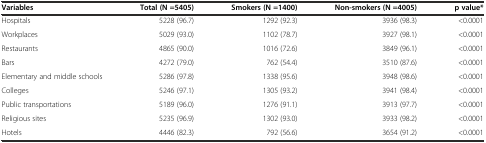
<table><thead><tr><td><b>Variables</b></td><td><b>Total (N =5405)</b></td><td><b>Smokers (N =1400)</b></td><td><b>Non-smokers (N =4005)</b></td><td><b>p value*</b></td></tr></thead><tbody><tr><td>Hospitals</td><td>5228 (96.7)</td><td>1292 (92.3)</td><td>3936 (98.3)</td><td>&lt;0.0001</td></tr><tr><td>Workplaces</td><td>5029 (93.0)</td><td>1102 (78.7)</td><td>3927 (98.1)</td><td>&lt;0.0001</td></tr><tr><td>Restaurants</td><td>4865 (90.0)</td><td>1016 (72.6)</td><td>3849 (96.1)</td><td>&lt;0.0001</td></tr><tr><td>Bars</td><td>4272 (79.0)</td><td>762 (54.4)</td><td>3510 (87.6)</td><td>&lt;0.0001</td></tr><tr><td>Elementary and middle schools</td><td>5286 (97.8)</td><td>1338 (95.6)</td><td>3948 (98.6)</td><td>&lt;0.0001</td></tr><tr><td>Colleges</td><td>5246 (97.1)</td><td>1305 (93.2)</td><td>3941 (98.4)</td><td>&lt;0.0001</td></tr><tr><td>Public transportations</td><td>5189 (96.0)</td><td>1276 (91.1)</td><td>3913 (97.7)</td><td>&lt;0.0001</td></tr><tr><td>Religious sites</td><td>5235 (96.9)</td><td>1302 (93.0)</td><td>3933 (98.2)</td><td>&lt;0.0001</td></tr><tr><td>Hotels</td><td>4446 (82.3)</td><td>792 (56.6)</td><td>3654 (91.2)</td><td>&lt;0.0001</td></tr></tbody></table>